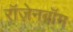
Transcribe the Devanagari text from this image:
रॉज़ेनबॉम